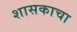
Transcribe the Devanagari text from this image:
शासकाचा